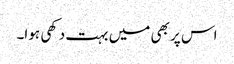
اس پر بھی میں بہت دکھی ہوا۔